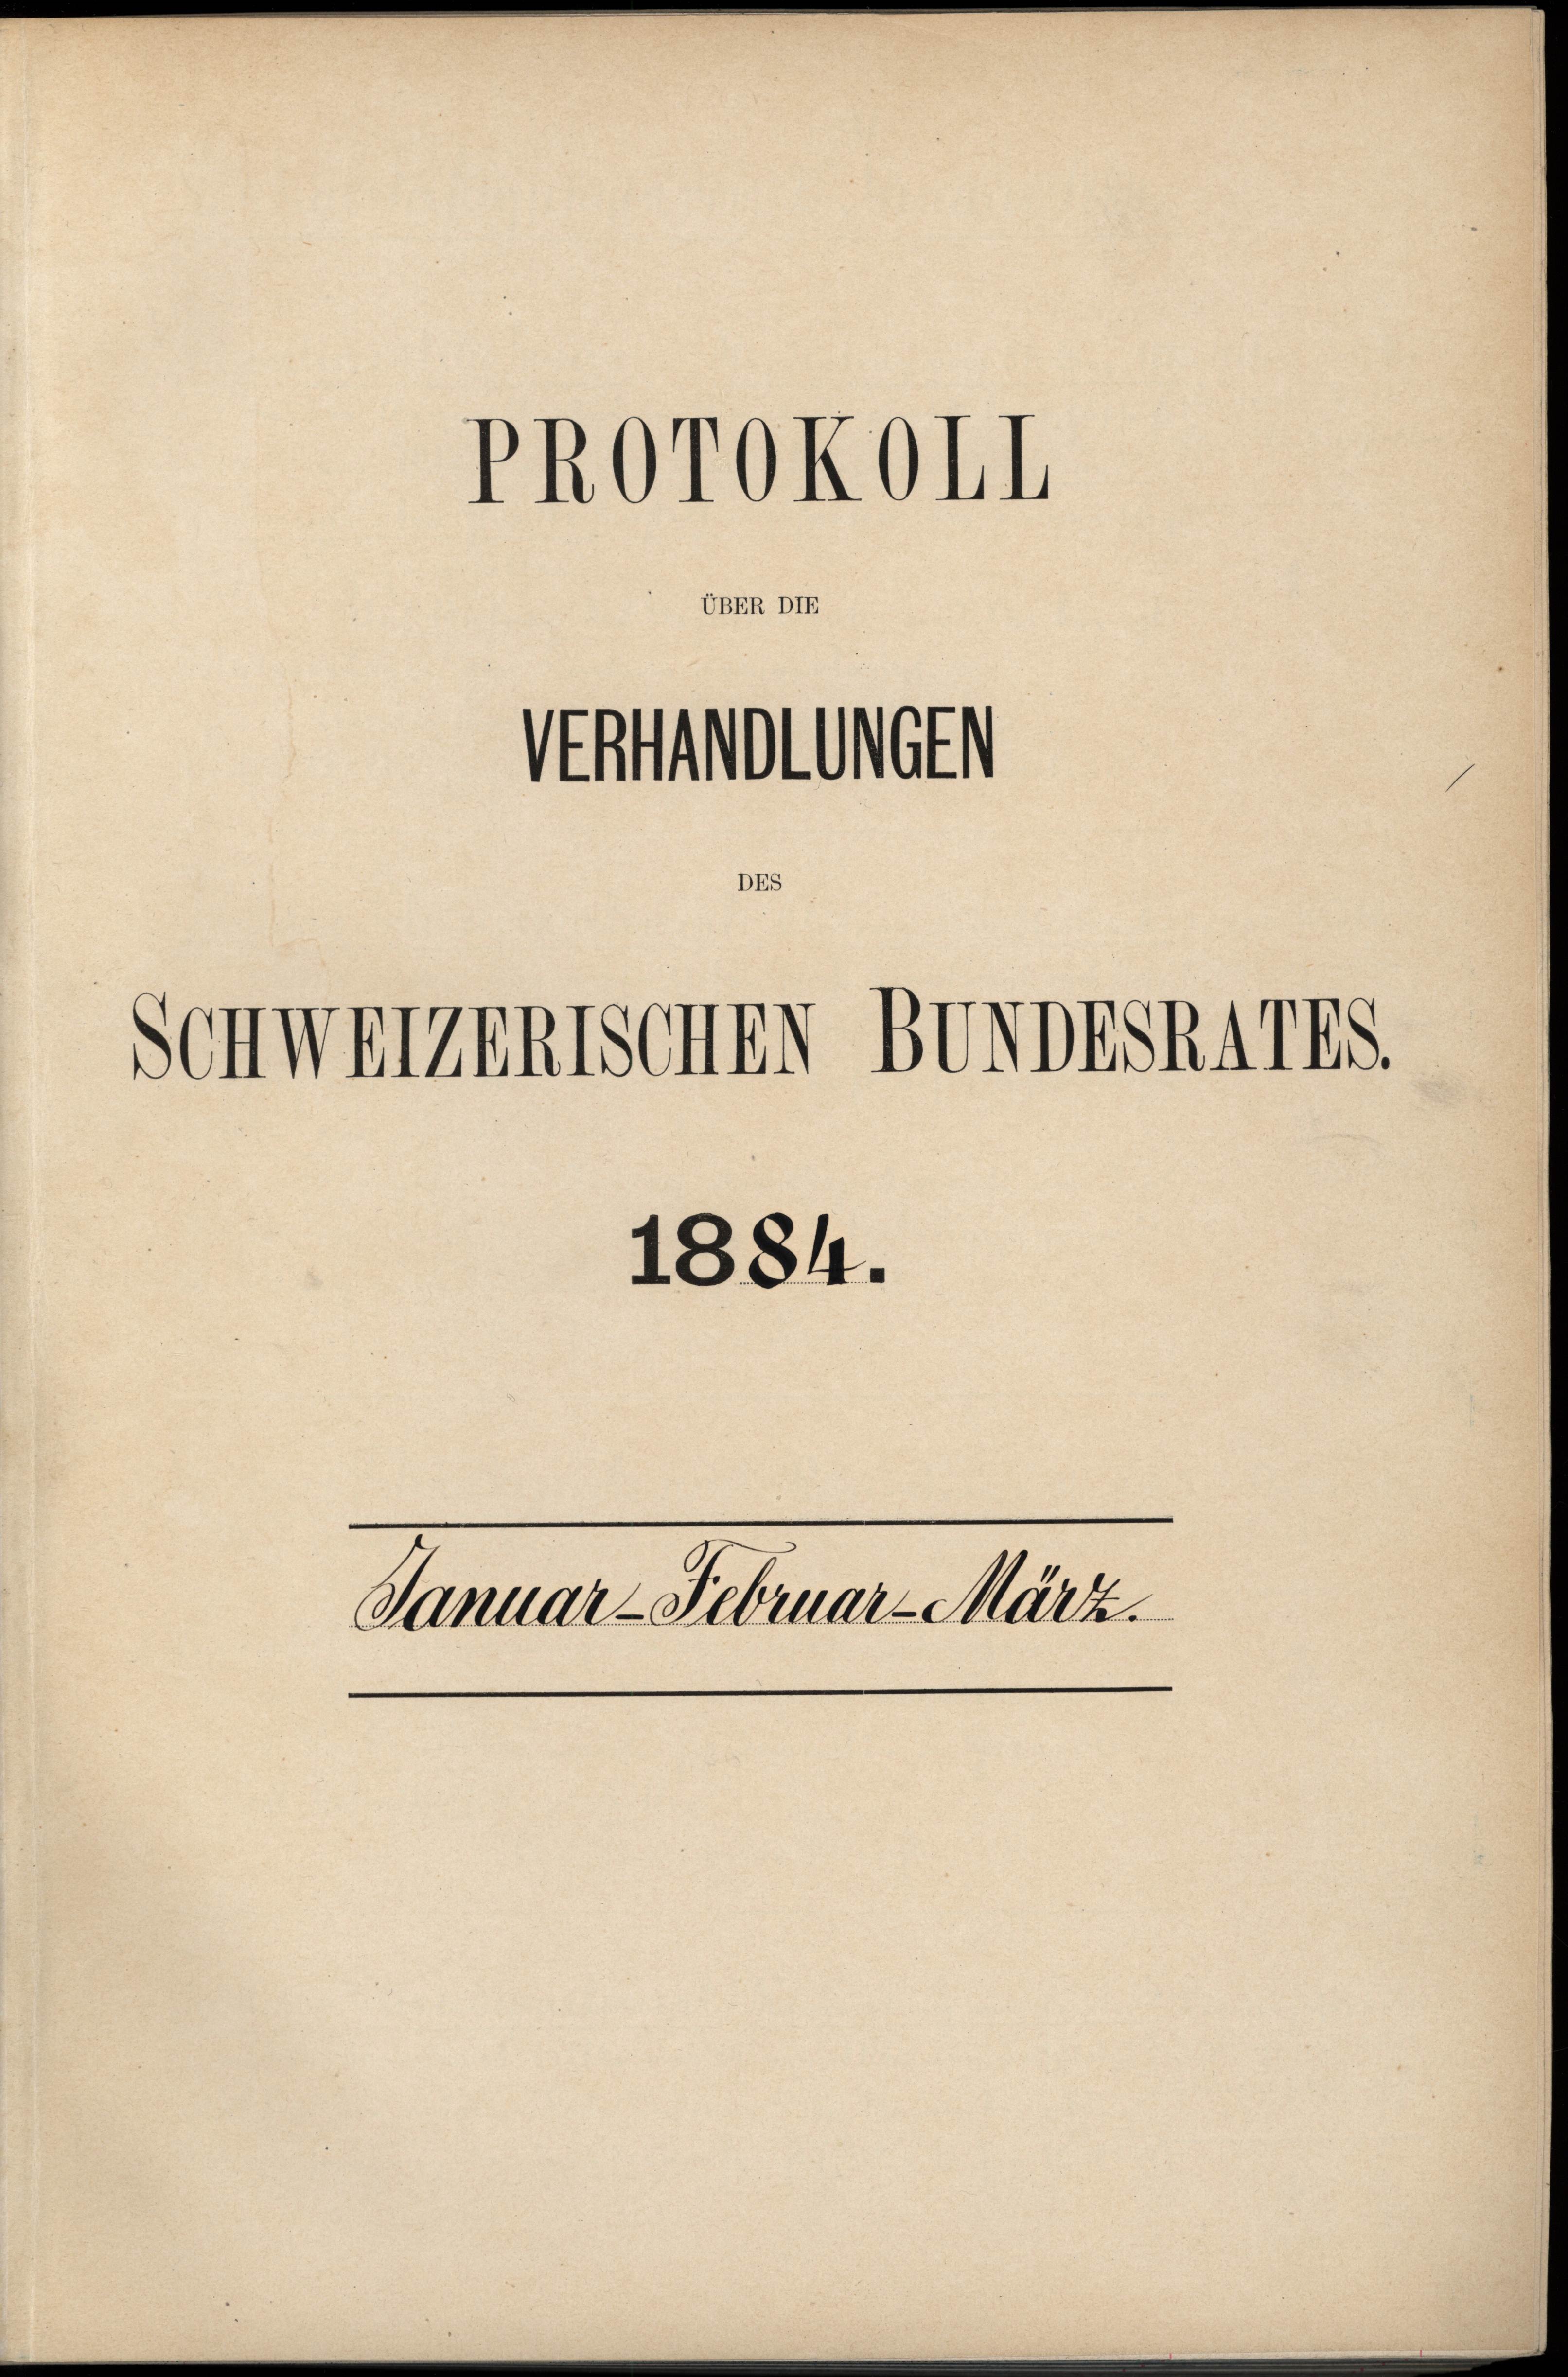
PROrokoll
Vntmolumen
DES
Schweizerischn BUNDESRATES.

VBER DIE

1884.
Januar - Februar-März.